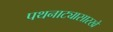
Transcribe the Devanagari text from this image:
पथनाट्यासारखे